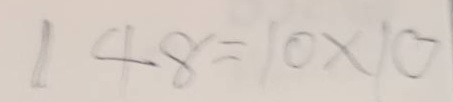
148 = 10x10